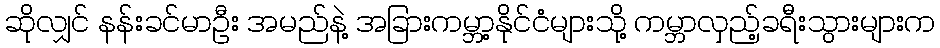
ဆိုလျှင် နန်းခင်မာဦး အမည်နဲ့ အခြားကမ္ဘာ့နိုင်ငံများသို့ ကမ္ဘာလှည့်ခရီးသွားများက